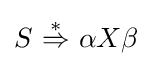
S~{\stackrel {*}{\Rightarrow }}~\alpha X\beta